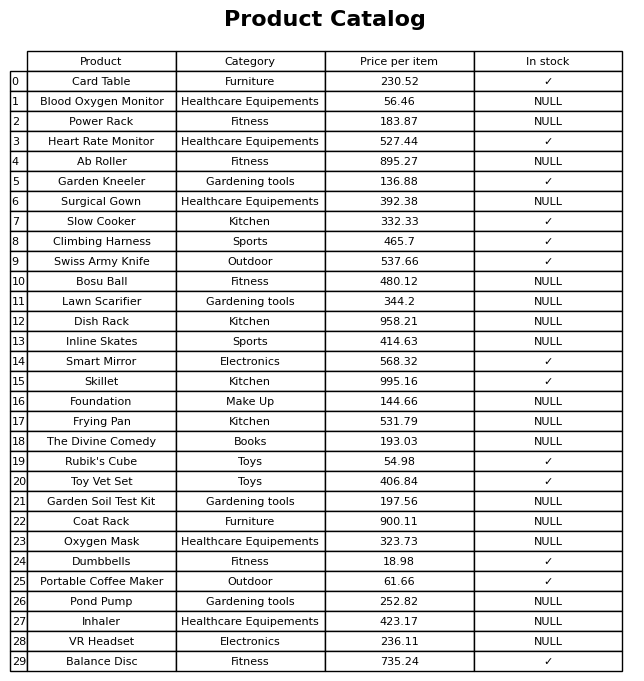
question: What is the price of the Climbing Harness?
answer: The price of Climbing Harness is 465.7.